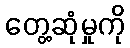
တွေ့ဆုံမှုကို